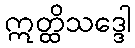
ဣတ္ထိသဒ္ဒေါ